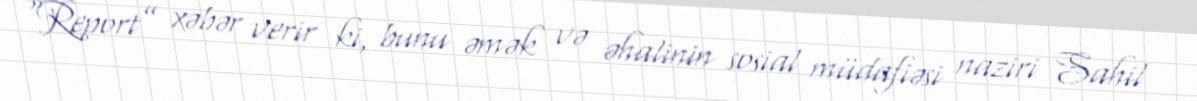
“Report” xəbər verir ki, bunu əmək və əhalinin sosial müdafiəsi naziri Sahil